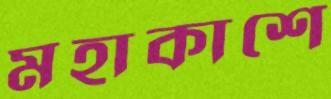
মহাকাশে